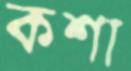
কশা